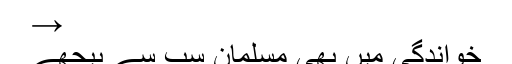
→
خواندگی میں بھی مسلمان سب سے پیچھے